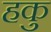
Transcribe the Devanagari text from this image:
हकु